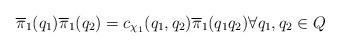
LaTeX: \begin{align*}\overline{\pi}_1(q_1) \overline{\pi}_1(q_2) = c_{\chi_1}(q_1, q_2) \overline{\pi}_1(q_1 q_2) \forall q_1,q_2 \in Q\end{align*}